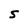
Character: S